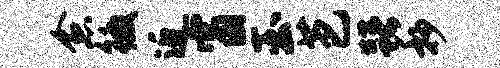
愈徼近窗玉芭躇抄